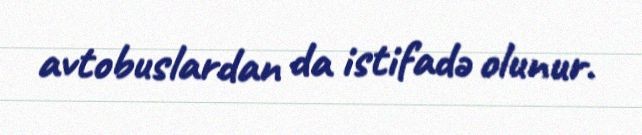
avtobuslardan da istifadə olunur.